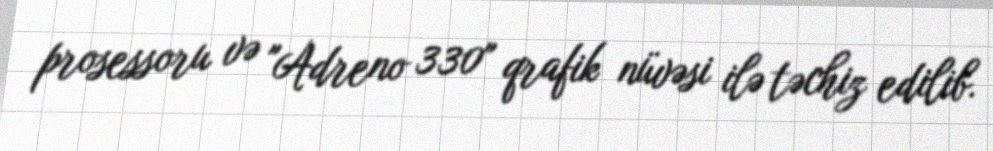
prosessoru və "Adreno 330" qrafik nüvəsi ilə təchiz edilib.